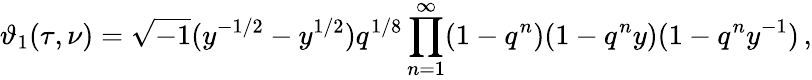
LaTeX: \vartheta_{1}(\tau,\nu)=\sqrt{-1}(y^{-1/2}-y^{1/2})q^{1/8}\prod_{n=1}^{\infty}(1-q^{n})(1-q^{n}y)(1-q^{n}y^{-1})\, ,